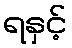
ရနှင့်